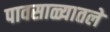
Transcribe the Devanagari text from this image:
पावसाळ्यातले